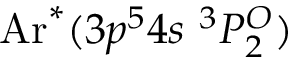
\mathrm { A r } ^ { * } ( 3 p ^ { 5 } 4 s \ ^ { 3 } P _ { 2 } ^ { O } )